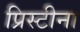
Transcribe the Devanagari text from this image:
प्रिस्टीना